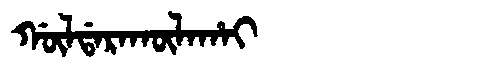
Manchu: ᡤᡡᠯᡩᠠᡵᠠᡴᡡᠯᠠᡥᠠᡳ
Romanization: GŪLDARAKŪLAHAI